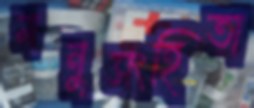
মনুসংহিতা